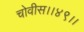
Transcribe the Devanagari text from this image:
चोवीस।।४९।।